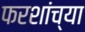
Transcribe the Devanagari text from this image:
फरशांच्या